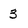
Character: 3